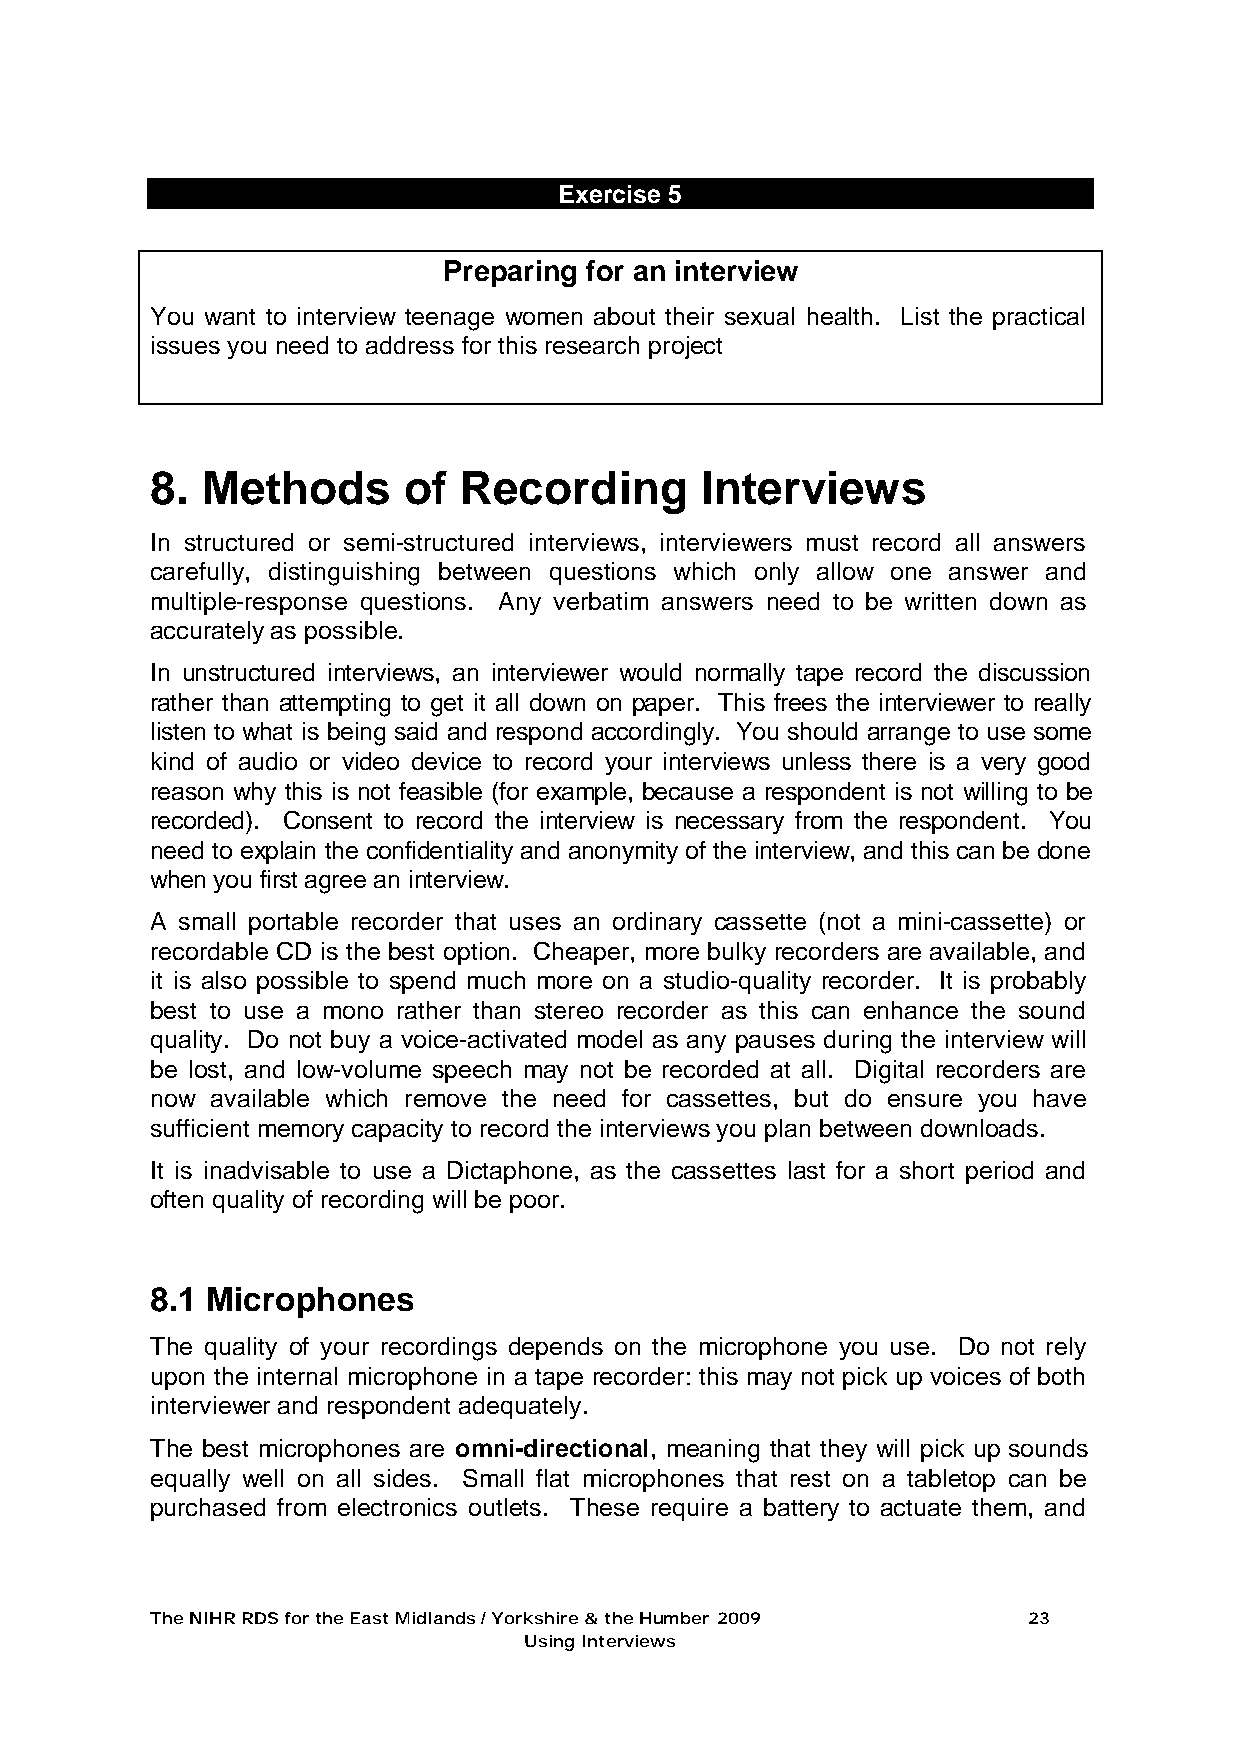
Exercise 5
 Preparing for an interview
 You want to interview teenage women about their sexual health. List the practical
 issues you need to address for this research project
 8. Methods       of Recording       Interviews
 In structured or semi-structured interviews, interviewers must record all answers
 carefully, distinguishing between questions which only allow one answer and
 multiple-response questions. Any verbatim answers need to be written down as
 accurately as possible.
 In unstructured interviews, an interviewer would normally tape record the discussion
 rather than attempting to get it all down on paper. This frees the interviewer to really
 listen to what is being said and respond accordingly. You should arrange to use some
 kind of audio or video device to record your interviews unless there is a very good
 reason why this is not feasible (for example, because a respondent is not willing to be
 recorded). Consent to record the interview is necessary from the respondent. You
 need to explain the confidentiality and anonymity of the interview, and this can be done
 when you first agree an interview.
 A small portable recorder that uses an ordinary cassette (not a mini-cassette) or
 recordable CD is the best option. Cheaper, more bulky recorders are available, and
 it is also possible to spend much more on a studio-quality recorder. It is probably
 best to use a mono rather than stereo recorder as this can enhance the sound
 quality. Do not buy a voice-activated model as any pauses during the interview will
 be lost, and low-volume speech may not be recorded at all. Digital recorders are
 now available which remove the need for cassettes, but do ensure you have
 sufficient memory capacity to record the interviews you plan between downloads.
 It is inadvisable to use a Dictaphone, as the cassettes last for a short period and
 often quality of recording will be poor.
 8.1 Microphones
 The quality of your recordings depends on the microphone you use. Do not rely
 upon the internal microphone in a tape recorder: this may not pick up voices of both
 interviewer and respondent adequately.
 The best microphones are omni-directional, meaning that they will pick up sounds
 equally well on all sides. Small flat microphones that rest on a tabletop can be
 purchased from electronics outlets. These require a battery to actuate them, and
 The NIHR RDS for the East Midlands / Yorkshire & the Humber 2009 23
 Using Interviews